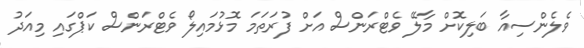
ވެލެންސިއާ ބަލިކޮށް މާލޭ ވެޓްރަންސް އަށް ފުރަތަމަ މޮޅުމައިލޯ ވެޓްރަންސް ކަޕްގައި މިއަދު